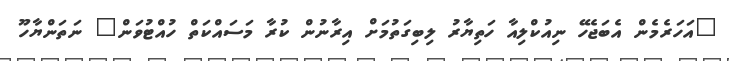
"އަހަރެމެން އެބަޖެހޭ ނިއުކްލިއާ ހަތިޔާރު ލިބިގަތުމަށް އިރާނުން ކުރާ މަސައްކަތް ހުއްޓުވަން" ނަތަންޔާހޫ